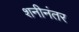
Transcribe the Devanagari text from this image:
शनीनंतर